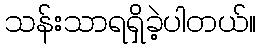
သန်းသာရရှိခဲ့ပါတယ်။